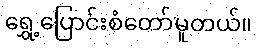
ရွှေ့ပြောင်းစံတော်မူတယ်။